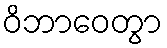
ဝိဘာဝေတွာ